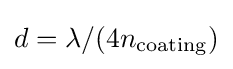
d=\lambda /(4n_{\rm {coating}})